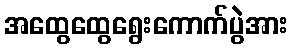
အထွေထွေရွေးကောက်ပွဲအား